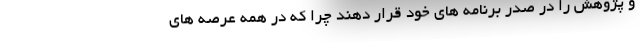
و پژوهش را در صدر برنامه های خود قرار دهند چرا که در همه عرصه های